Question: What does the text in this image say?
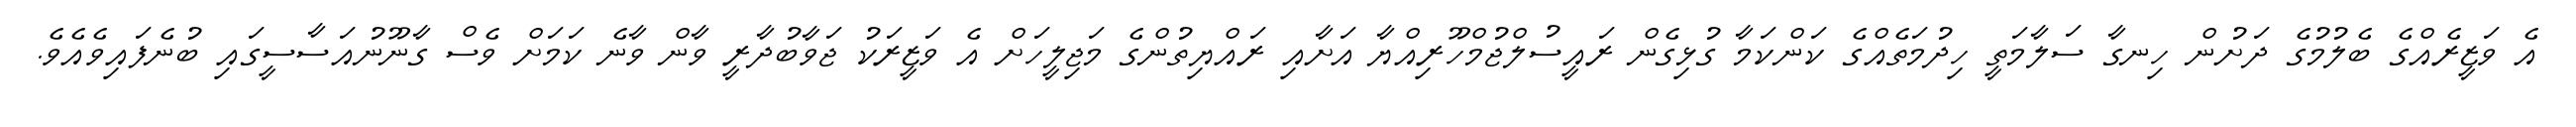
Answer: އެ ވަޒީރެއްގެ ބެލުމުގެ ދަށުން ހިނގާ ސަލާމަތީ ހިދުމަތެއްގެ ކަންކަމާ ގުޅިގެން ރައީސުލްޖުމްހޫރިއްޔާ އަށާއި ރައްޔިތުންގެ މަޖިލީހަށް އެ ވަޒީރަކު ޖަވާބުދާރީ ވާން ވާނެ ކަމަށް ވެސް ގާނޫނުއަސާސީގައި ބުނެފައިވެއެވެ.